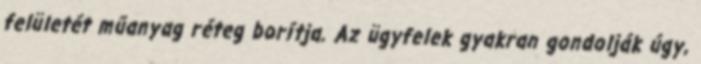
felületét műanyag réteg borítja. Az ügyfelek gyakran gondolják úgy,